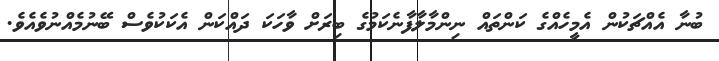
ބުނާ އެއްޗަކުން އެމީހެއްގެ ކަންތައް ނިންމާލާފާނެކަމުގެ ބިރަށް ވާހަކަ ދައްކަން އެކަކުވެސް ބޭނުމެއްނުވެއެވެ.